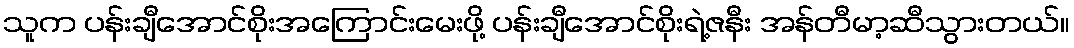
သူက ပန်းချီအောင်စိုးအကြောင်းမေးဖို့ ပန်းချီအောင်စိုးရဲ့ဇနီး အန်တီမာ့ဆီသွားတယ်။